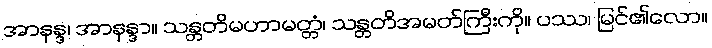
အာနန္ဒ၊ အာနန္ဒာ။ သန္တတိမဟာမတ္တံ၊ သန္တတိအမတ်ကြီးကို။ ပဿ၊ မြင်၏လော။